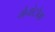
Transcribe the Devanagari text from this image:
मैनोटोबा